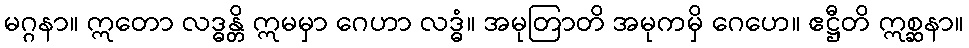
မဂ္ဂနာ။ ဣတော လဒ္ဓန္တိ ဣမမှာ ဂေဟာ လဒ္ဓံ။ အမုတြာတိ အမုကမှိ ဂေဟေ။ ဧဋ္ဌီတိ ဣစ္ဆနာ။